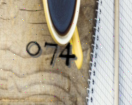
074